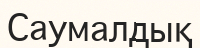
Саумалдық